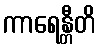
ကာရေန္တီတိ